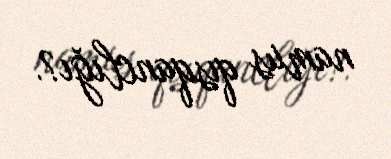
namus qısqanclığı?.